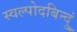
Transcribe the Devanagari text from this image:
स्वल्पोदबिन्दुं